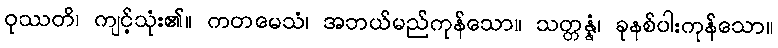
ဝုဿတိ၊ ကျင့်သုံး၏။ ကတမေသံ၊ အဘယ်မည်ကုန်သော။ သတ္တန္နံ၊ ခုနစ်ပါးကုန်သော။